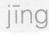
jīng